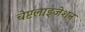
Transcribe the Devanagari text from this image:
चेप्टलाइजेशन